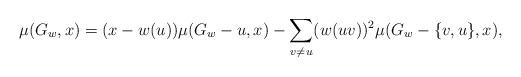
LaTeX: \begin{align*}\mu(G_w,x)=(x-w(u))\mu(G_w -u,x)-\displaystyle\sum_{v\neq u}(w(uv))^{2}\mu(G_w-\{v,u\},x),\end{align*}